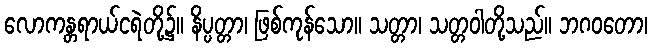
လောကန္တရာယ်ငရဲတို့၌။ နိပ္ပတ္တာ၊ ဖြစ်ကုန်သော။ သတ္တာ၊ သတ္တဝါတို့သည်။ ဘဂဝတော၊